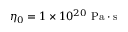
\eta _ { 0 } = 1 \times 1 0 ^ { 2 0 } \ \mathrm { P a \cdot s }